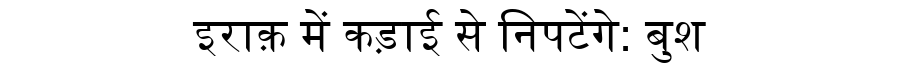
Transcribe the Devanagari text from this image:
इराक़ में कड़ाई से निपटेंगे: बुश